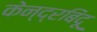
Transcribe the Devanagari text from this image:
केन्द्रबिंदू